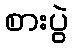
စားပွဲ